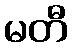
မတီ